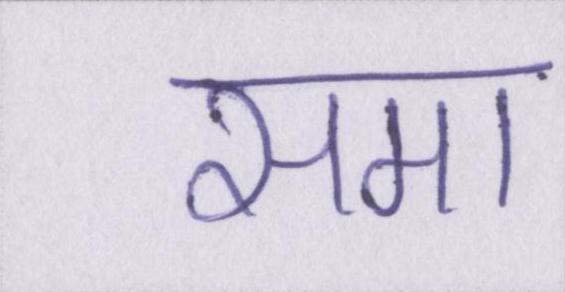
समा